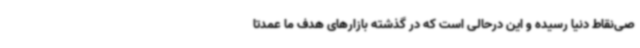
صی‌نقاط دنیا رسیده و این درحالی است که در گذشته بازارهای هدف ما عمدتا